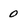
Character: 0